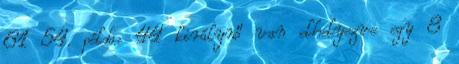
61 54. példa: 44 királynő van elhelyezve egy 8